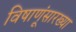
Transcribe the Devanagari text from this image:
विषाणूंसारख्या